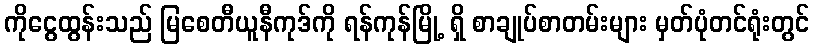
ကိုငွေထွန်းသည် မြစေတီယူနီကုဒ်ကို ရန်ကုန်မြို့ ရှိ စာချုပ်စာတမ်းများ မှတ်ပုံတင်ရုံးတွင်